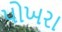
પોખરા